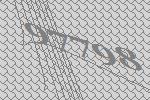
97798